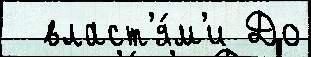
  власт'я́м'и До